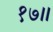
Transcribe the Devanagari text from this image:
१७॥